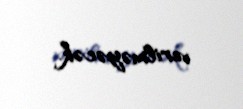
verilməyəcək.